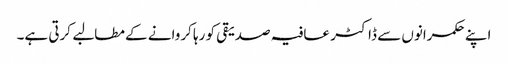
اپنے حکمرانوں سے ڈاکٹر عافیہ صدیقی کو رہا کروانے کے مطالبے کرتی ہے۔